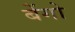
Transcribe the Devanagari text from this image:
बेंगो